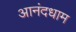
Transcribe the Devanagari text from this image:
आनंदधाम